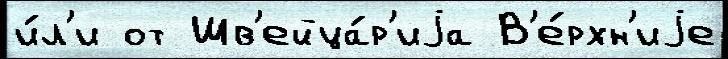
и́л'и от Шв'ейца́р'иjа В'е́рхн'иjе